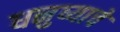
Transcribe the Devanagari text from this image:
धनुष्याचे